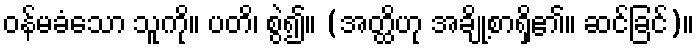
ဝန်မခံသော သူကို။ ပတိ၊ စွဲ၍။ (အတ္ထိဟု အချို့စာရှိ၏။ ဆင်ခြင်)။